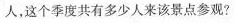
人，这个季度共有多少人来该景点参观?